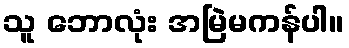
သူ ဘောလုံး အမြဲမကန်ပါ။